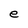
Character: e